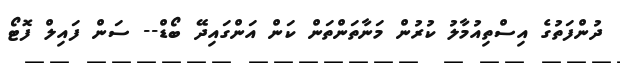
ދުންފަތުގެ އިސްތިއުމާލު ކުރުން މަނާތަންތަން ކަން އަންގައިދޭ ބޯޑް-- ސަން ފައިލް ފޮޓޯ